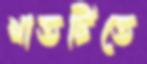
খাতটিতে